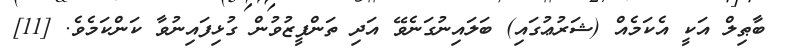
ބާޠިލް އަކީ އެކަމެއް (ޝަރުޢުގައި) ބަލައިނުގަނެވޭ އަދި ތަންފީޒުވުން ގުޅިފައިނުވާ ކަންކަމެވެ. [11]